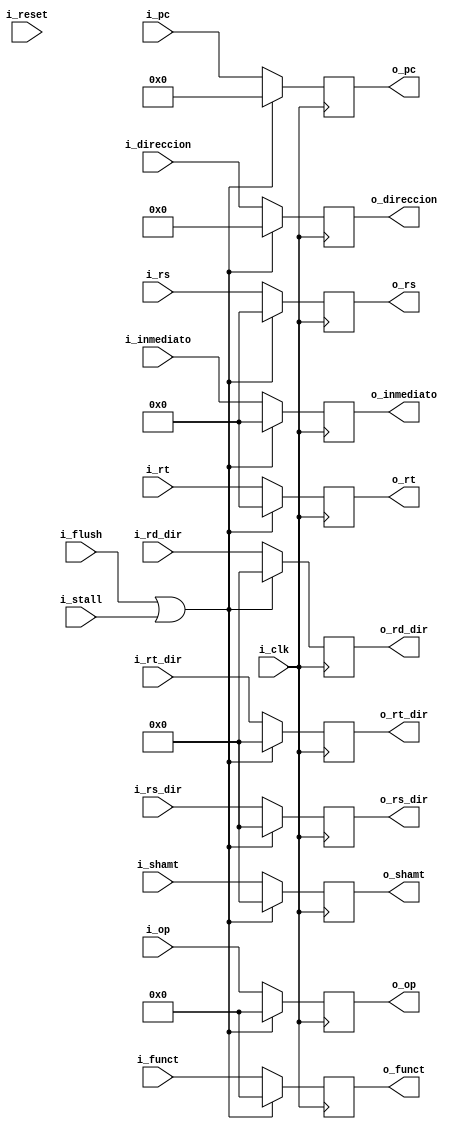
`timescale 1ns / 1ps
//////////////////////////////////////////////////////////////////////////////////
// Company: 
// Engineer: 
// 
// Design Name: 
// Module Name: latch_idex
// Project Name: 
// Target Devices: 
// Tool Versions: 
// Description: 
// 
// Dependencies: 
// 
// Revision:
// Revision 0.01 - File Created
// Additional Comments:
// 
//////////////////////////////////////////////////////////////////////////////////


module latch_idex#(
        parameter   PC_SIZE = 11,
        parameter   TAM_DATA = 32,
        parameter   BYTE = 8,
        parameter   REGISTER_SIZE = 5,
        parameter   OP_SIZE = 6,
        parameter   INMEDIATE_SIZE = 16,
        parameter   DIRECCION_SIZE = 26,
        parameter   SHAMT_SIZE = 5
    )
    (
        input                                 i_clk,
        input                                 i_reset,
            
        input  [PC_SIZE - 1 : 0]              i_pc,
        input  [OP_SIZE - 1 : 0]              i_op,
        input  [TAM_DATA - 1 : 0]             i_inmediato,
        input  [SHAMT_SIZE - 1 : 0]           i_shamt,
        input  [OP_SIZE - 1 : 0]              i_funct,
        input  [DIRECCION_SIZE - 1 : 0]       i_direccion,
        input  [TAM_DATA - 1 : 0 ]            i_rs,
        input  [TAM_DATA - 1 : 0 ]            i_rt,
        input  [REGISTER_SIZE - 1 : 0 ]       i_rs_dir,
        input  [REGISTER_SIZE - 1 : 0 ]       i_rt_dir,
        input  [REGISTER_SIZE - 1 : 0 ]       i_rd_dir,
        input                                 i_flush,
        input                                 i_stall,
        
        
        output  [PC_SIZE - 1 : 0]              o_pc,
        output  [OP_SIZE - 1 : 0]              o_op,
        output  [TAM_DATA - 1 : 0]             o_inmediato,
        output  [SHAMT_SIZE - 1 : 0]           o_shamt,
        output  [OP_SIZE - 1 : 0]              o_funct,
        output  [DIRECCION_SIZE - 1 : 0]       o_direccion,
        output  [TAM_DATA - 1 : 0 ]            o_rs,
        output  [TAM_DATA - 1 : 0 ]            o_rt,
        output  [REGISTER_SIZE - 1 : 0 ]       o_rs_dir,
        output  [REGISTER_SIZE - 1 : 0 ]       o_rt_dir,
        output  [REGISTER_SIZE - 1 : 0 ]       o_rd_dir
        
);
    reg [OP_SIZE - 1 : 0] op_tmp;
    reg [TAM_DATA - 1 : 0] inmediato_tmp;
    reg [SHAMT_SIZE - 1 : 0] shamt_tmp;
    reg [OP_SIZE - 1 : 0] funct_tmp;
    reg [DIRECCION_SIZE - 1 : 0] direccion_tmp;
    reg [TAM_DATA - 1 : 0] rs_tmp;
    reg [TAM_DATA - 1 : 0] rt_tmp;
    reg [REGISTER_SIZE - 1 : 0] rs_dir_tmp;
    reg [REGISTER_SIZE - 1 : 0] rt_dir_tmp;
    reg [REGISTER_SIZE - 1 : 0] rd_dir_tmp;
    reg [PC_SIZE - 1 : 0] pc_tmp;


always @(negedge i_clk)
begin
    if(i_flush || i_stall) begin
            nop_introduce_task;
        end else begin
            continue_pipeline_task;
    end 
end


task nop_introduce_task;
    begin
        op_tmp <= 0;
        inmediato_tmp <= 0;
        shamt_tmp <= 0;
        funct_tmp <= 0;
        direccion_tmp <= 0;
        rs_dir_tmp <= 0;
        rt_dir_tmp <= 0;
        rd_dir_tmp <= 0;
        pc_tmp <= 0;
        rs_tmp <= 0;
        rt_tmp <= 0;
    end
endtask

task continue_pipeline_task;
    begin
        op_tmp <= i_op;
        inmediato_tmp <= i_inmediato;
        shamt_tmp <= i_shamt;
        funct_tmp <= i_funct;
        direccion_tmp <= i_direccion;
        rs_dir_tmp <= i_rs_dir;
        rt_dir_tmp <= i_rt_dir;
        rd_dir_tmp <= i_rd_dir;
        pc_tmp <= i_pc;
        rs_tmp <= i_rs;
        rt_tmp <= i_rt;
    end
endtask

   assign o_op =                op_tmp;
   assign o_inmediato =         inmediato_tmp;
   assign o_shamt =             shamt_tmp;
   assign o_funct =             funct_tmp;
   assign o_direccion =         direccion_tmp;
   assign o_rs_dir =            rs_dir_tmp;
   assign o_rt_dir =            rt_dir_tmp;
   assign o_rd_dir =            rd_dir_tmp;
   assign o_pc =                pc_tmp;
   assign o_rs =                rs_tmp;
   assign o_rt =                rt_tmp;
   
endmodule